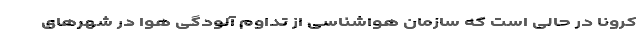
کرونا در حالی است که سازمان هواشناسی از تداوم آلودگی هوا در شهر‌های